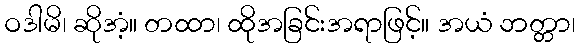
ဝဒါမိ၊ ဆိုအံ့။ တထာ၊ ထိုအခြင်းအရာဖြင့်။ အယံ ဘတ္တာ၊